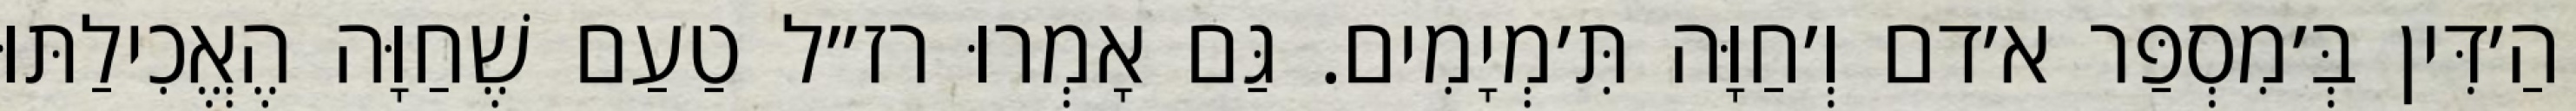
הַ׳דִּין בְּ׳מִסְפַּר א׳דם וְ׳חַוָּה תִּ׳מְיָמִים. גַּם אָמְרוּ רז״ל טַעַם שֶׁחַוָּה הֶאֱכִילַתּוּ